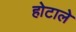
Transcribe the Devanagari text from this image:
होटाले